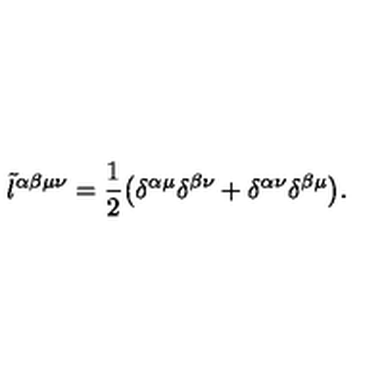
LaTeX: \tilde { l } ^ { \alpha \beta \mu \nu } = \frac { 1 } { 2 } \big ( \delta ^ { \alpha \mu } \delta ^ { \beta \nu } + \delta ^ { \alpha \nu } \delta ^ { \beta \mu } \big ) .